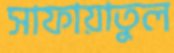
সাফায়াতুল